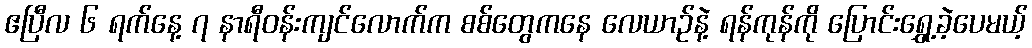
ဧပြီလ ၆ ရက်နေ့ ၇ နာရီဝန်းကျင်လောက်က စစ်တွေကနေ လေယာဉ်နဲ့ ရန်ကုန်ကို ပြောင်းရွှေ့ခဲ့ပေမယ့်